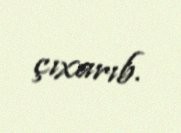
çıxarıb.